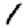
Digit: 1